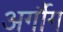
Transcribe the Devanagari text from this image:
अर्गौग